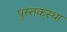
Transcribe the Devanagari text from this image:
पुस्तकस्था